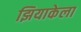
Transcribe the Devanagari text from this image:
झियाकेला